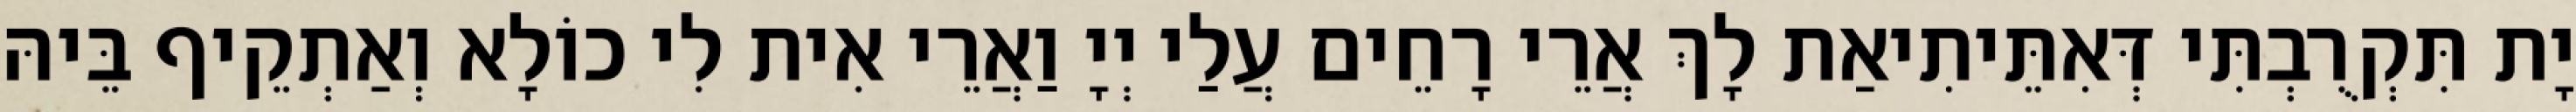
יָת תִּקְרֻבְתִּי דְּאִתֵּיתִיאַת לָךְ אֲרֵי רָחֵים עֲלַי יְיָ וַאֲרֵי אִית לִי כוֹלָא וְאַתְקֵיף בֵּיהּ